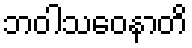
ဘဝါသဝေနာတိ